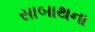
સાબાથના